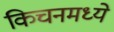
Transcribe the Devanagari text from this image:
किचनमध्ये